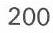
200